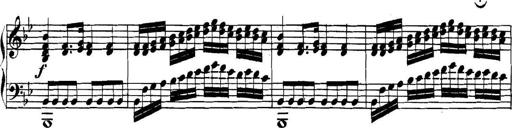
Title: Collected Piano Sonatas
Composer: Muzio Clementi